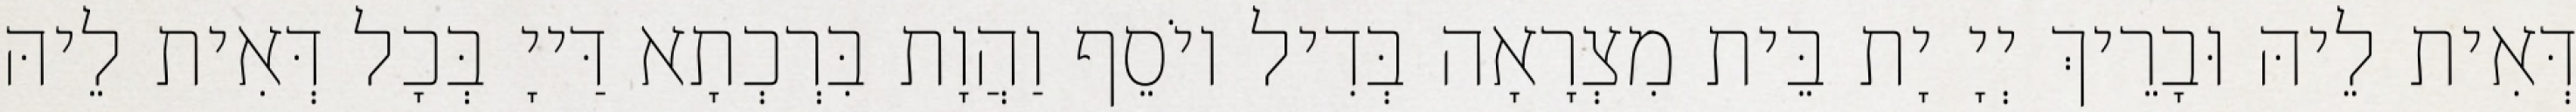
דְּאִית לֵיהּ וּבָרֵיךְ יְיָ יָת בֵּית מִצְרָאָה בְּדִיל יוֹסֵף וַהֲוָת בִּרְכְתָא דַּייָ בְּכָל דְּאִית לֵיהּ